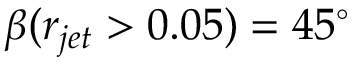
\beta ( r _ { j e t } > 0 . 0 5 ) = 4 5 ^ { \circ }